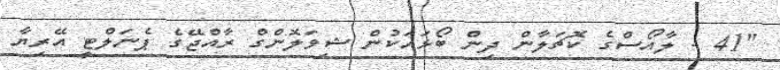
"41 - ލާއޯސްގެ ކޮޗަލާން ދިން ބޯޅައަކުން ޝިވަލޮންގް ރާއްޖޭގެ ޕެނަލްޓީ އޭރިޔާ